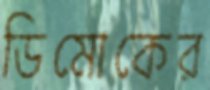
ডিমোকের